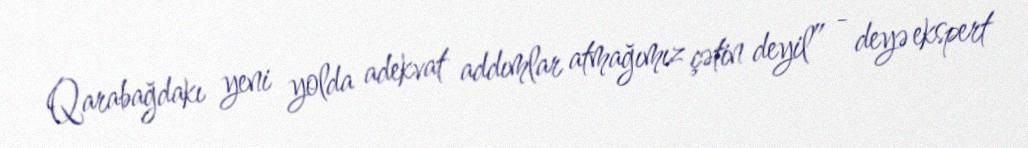
Qarabağdakı yeni yolda adekvat addımlar atmağımız çətin deyil” - deyə ekspert